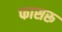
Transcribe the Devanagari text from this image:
फासरू